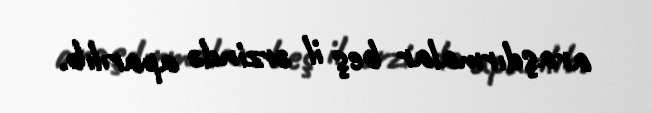
araşdırmalar beş il ərzində aparılıb.